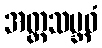
အတ္တသမ္ဘဝံ